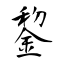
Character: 錅